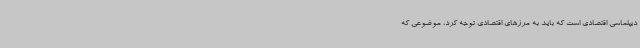
دیپلماسی اقتصادی است که باید به مرزهای اقتصادی توجه کرد، موضوعی که